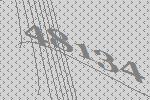
48134